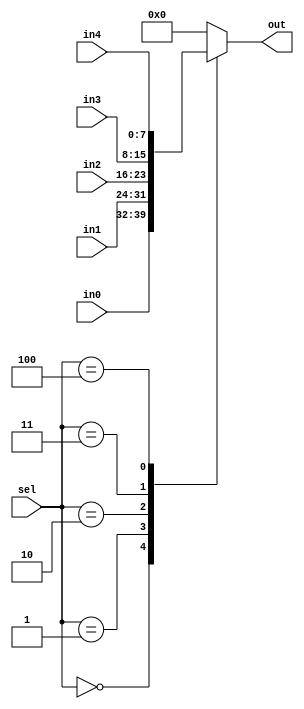
module one_of_five(in0,in1,in2,in3,in4,sel,out);
    parameter WIDTH = 8;
    parameter BHC = 10;
    input [2:0] sel;
    input [WIDTH-1:0] in0,in1,in2,in3,in4;
    output reg [WIDTH-1:0] out;
    always@(*)
    begin
        out={WIDTH{1'b0}};
        case(sel)
            3'd0:out=in0;
            3'd1:out=in1;
            3'd2:out=in2;
            3'd3:out=in3;
            3'd4:out=in4;
            default:; // indicates null
        endcase
    end
endmodule